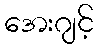
အေးဂျင့်